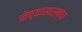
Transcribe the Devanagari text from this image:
नेच्यासारख्या